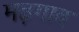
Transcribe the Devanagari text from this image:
मढ़गाव